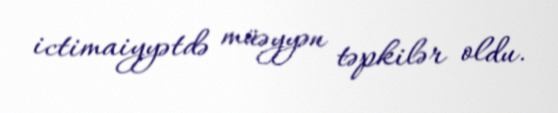
ictimaiyyətdə müəyyən təpkilər oldu.